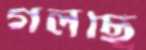
গলছি